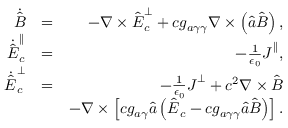
\begin{array} { r l r } { \dot { \hat { \boldsymbol B } } } & { = } & { - \boldsymbol \nabla \times \hat { \boldsymbol E } _ { c } ^ { \perp } + c g _ { a \gamma \gamma } \boldsymbol \nabla \times \left( \hat { a } \hat { \boldsymbol B } \right) , } \\ { \dot { \hat { \boldsymbol E } } _ { c } ^ { \parallel } } & { = } & { - \frac { 1 } { \epsilon _ { 0 } } \boldsymbol J ^ { \parallel } , } \\ { \dot { \hat { \boldsymbol E } } _ { c } ^ { \perp } } & { = } & { - \frac { 1 } { \epsilon _ { 0 } } \boldsymbol J ^ { \perp } + c ^ { 2 } \boldsymbol \nabla \times \hat { \boldsymbol B } } \\ & { } & { - \boldsymbol \nabla \times \left[ c g _ { a \gamma } \hat { a } \left( \hat { \boldsymbol E } _ { c } - c g _ { a \gamma \gamma } \hat { a } \hat { \boldsymbol B } \right) \right] . } \end{array}